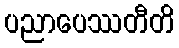
ပညာပေဿတီတိ